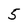
Character: 5